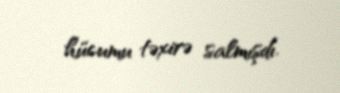
hücumu təxirə salmışdı.